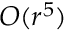
\ensuremath { \mathcal Ḋ O Ḍ } ( r ^ { 5 } )